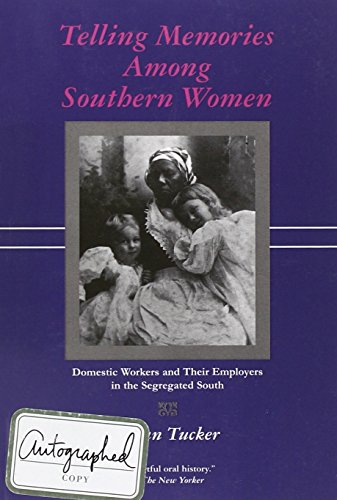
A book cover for Telling Memories Among Southern Women: Domestic Workers and Their Employers in the Segregated South; Susan Tucker; Biographies & Memoirs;